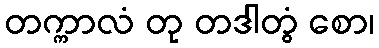
တက္ကာလံ တု တဒါတွံ စော၊